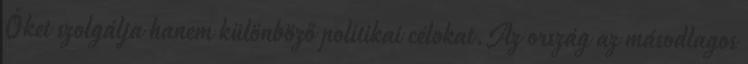
Őket szolgálja hanem különböző politikai célokat.Az ország az másodlagos